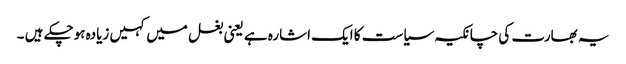
یہ بھارت کی چانکیہ سیاست کا ایک اشارہ ہے یعنی بغل میں کہیں زیادہ ہوچکے ہیں ۔